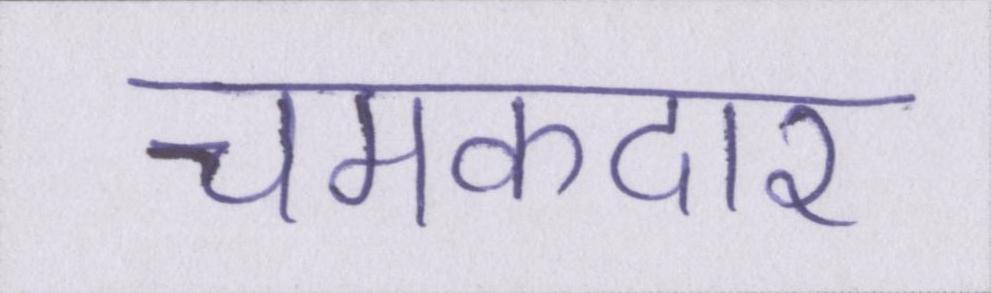
चमकदार